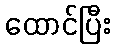
ထောင်ပြီး